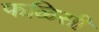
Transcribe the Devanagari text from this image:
फळिसी